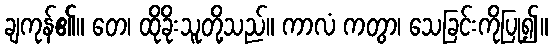
ချကုန်၏။ တေ၊ ထိုခိုးသူတို့သည်။ ကာလံ ကတွာ၊ သေခြင်းကိုပြု၍။